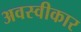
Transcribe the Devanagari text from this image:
अवस्वीकार